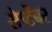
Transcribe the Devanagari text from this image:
सेप्टेंबर